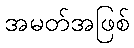
အမတ်အဖြစ်